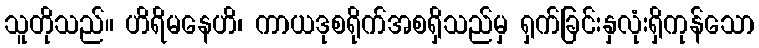
သူတိုသည်။ ဟိရိမနေဟိ၊ ကာယဒုစရိုက်အစရှိသည်မှ ရှက်ခြင်းနှလုံးရှိကုန်သော